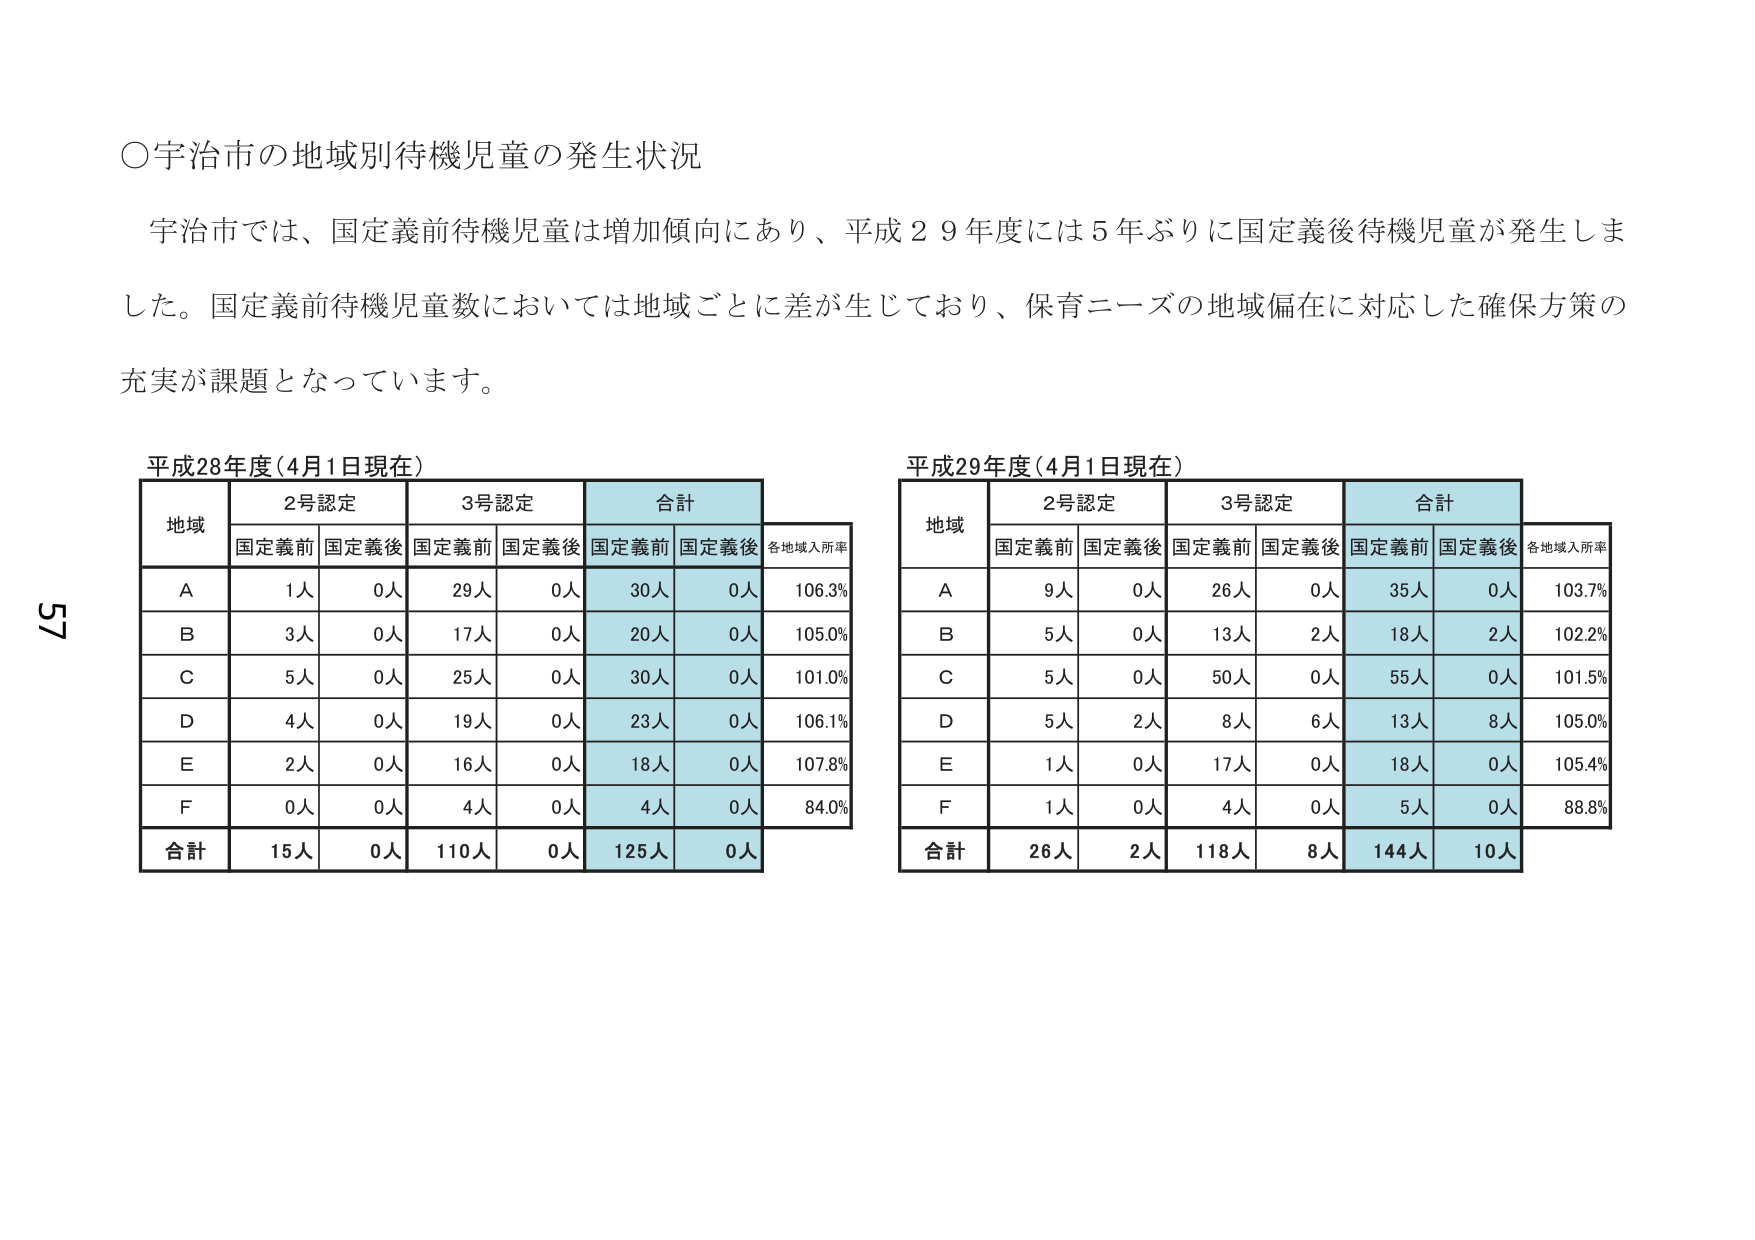
○宇治市の地域別待機児童の発生状況

宇治市では、国定義前待機児童は増加傾向にあり、平成29年度には5年ぶりに国定義後待機児童が発生しました。国定義前待機児童数においては地域ごとに差が生じており、保育ニーズの地域偏在に対応した確保方策の充実が課題となっています。

平成28年度（4月1日現在）
地域　　2号認定　　　3号認定　　　合計　　　各地域入所率
　　　　国定義前　国定義後　国定義前　国定義後　国定義前　国定義後
A　　　　1人　　　　0人　　　　29人　　　0人　　　　30人　　　0人　　　　106.3%
B　　　　3人　　　　0人　　　　17人　　　0人　　　　20人　　　0人　　　　105.0%
C　　　　5人　　　　0人　　　　25人　　　0人　　　　30人　　　0人　　　　101.0%
D　　　　4人　　　　0人　　　　19人　　　0人　　　　23人　　　0人　　　　106.1%
E　　　　2人　　　　0人　　　　16人　　　0人　　　　18人　　　0人　　　　107.8%
F　　　　0人　　　　0人　　　　4人　　　　0人　　　　4人　　　　0人　　　　84.0%
合計　　15人　　　　0人　　　　110人　　　0人　　　　125人　　　0人

平成29年度（4月1日現在）
地域　　2号認定　　　3号認定　　　合計　　　各地域入所率
　　　　国定義前　国定義後　国定義前　国定義後　国定義前　国定義後
A　　　　9人　　　　0人　　　　26人　　　0人　　　　35人　　　0人　　　　103.7%
B　　　　5人　　　　0人　　　　13人　　　2人　　　　18人　　　2人　　　　102.2%
C　　　　5人　　　　0人　　　　50人　　　0人　　　　55人　　　0人　　　　101.5%
D　　　　5人　　　　2人　　　　8人　　　　6人　　　　13人　　　8人　　　　105.0%
E　　　　1人　　　　0人　　　　17人　　　0人　　　　18人　　　0人　　　　105.4%
F　　　　1人　　　　0人　　　　4人　　　　0人　　　　5人　　　　0人　　　　88.8%
合計　　26人　　　　2人　　　　118人　　　8人　　　　144人　　　10人

57